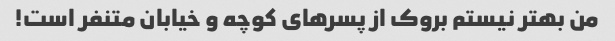
من بهتر نیستم بروک از پسرهای کوچه و خیابان متنفر است!